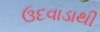
ઉદવાડાથી